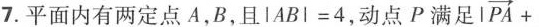
7.平面内有两定点A，B，且lABI=4，动点P满足 $$| \overrightarrow{PA}+